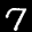
Label: 7